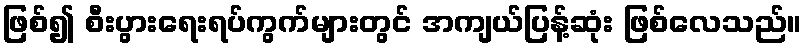
ဖြစ်၍ စီးပွားရေးရပ်ကွက်များတွင် အကျယ်ပြန့်ဆုံး ဖြစ်လေသည်။